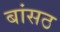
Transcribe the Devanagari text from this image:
बांसठ